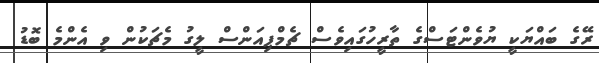
ރޭގެ ބައްޔަކީ ޔުވެންޓަސްގެ ތާރީހުގައިވެސް ޗެމްޕިއަންސް ލީގު މެޗަކުން ވި އެންމެ ބޮޑު